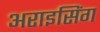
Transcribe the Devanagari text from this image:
अराइसिंग